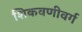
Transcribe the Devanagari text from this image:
शिकवणीवर्ग